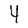
Character: 4